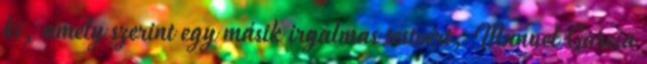
ki, amely szerint egy másik irgalmas testvért, Manuel Garcia